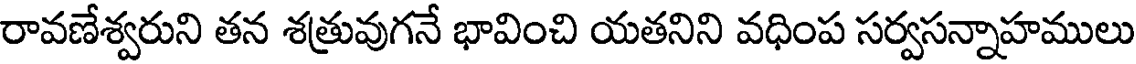
రావణేశ్వరుని తన శత్రువుగనే భావించి యతనిని వధింప సర్వసన్నాహములు